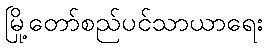
မြို့တော်စည်ပင်သာယာရေး